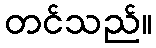
တင်သည်။